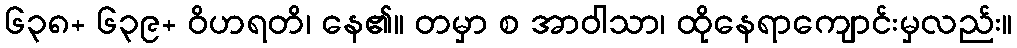
၆၃၈+ ၆၃၉+ ဝိဟရတိ၊ နေ၏။ တမှာ စ အာဝါသာ၊ ထိုနေရာကျောင်းမှလည်း။